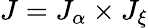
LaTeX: J=J_{\alpha}\times J_{\xi}